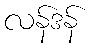
လန်ဒန်